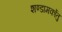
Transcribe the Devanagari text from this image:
शण्डामर्कोतु